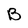
Character: B